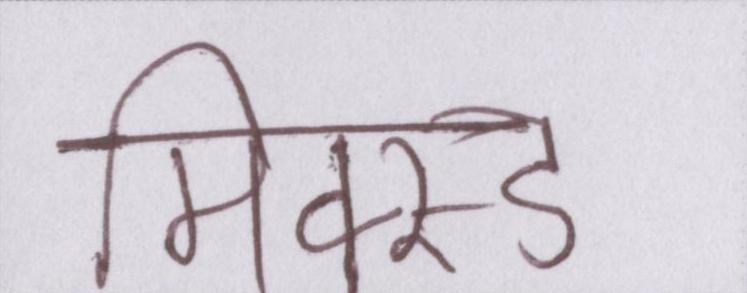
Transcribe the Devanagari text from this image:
मिक्स्ड